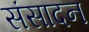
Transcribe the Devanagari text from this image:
संसादन